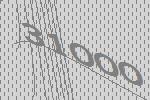
31000